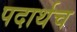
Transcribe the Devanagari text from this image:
पदार्थच